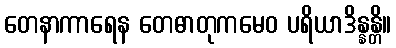
တေနာကာရေန တေဓာတုကမေဝ ပရိယာဒိန္နန္တိ။